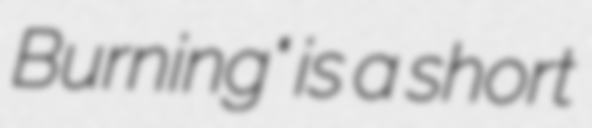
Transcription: Burning" is a short